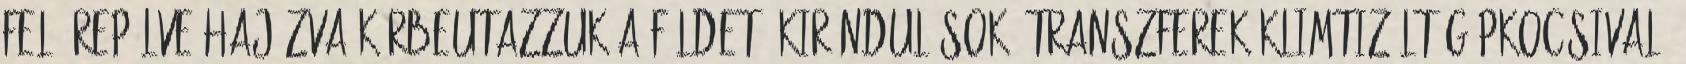
felé repülve-hajózva körbeutazzuk a Földet. Kirándulások, transzferek klimtizált gépkocsival,